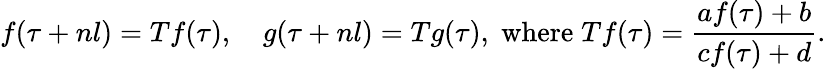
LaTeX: f(\tau+nl)=Tf(\tau),\quad g(\tau+nl)=Tg(\tau),\; \mathrm{where}\; Tf(\tau)=\frac{af(\tau)+b}{cf(\tau)+d}.